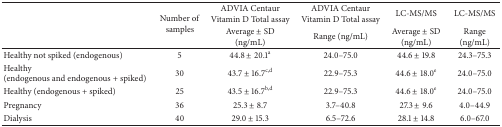
<table><thead><tr><td rowspan="2"></td><td rowspan="2"><b>Number of samples</b></td><td><b>ADVIA Centaur Vitamin D Total assay</b></td><td><b>ADVIA Centaur Vitamin D Total assay</b></td><td><b>LC-MS/MS</b></td><td><b>LC-MS/MS</b></td></tr><tr><td><b>Average ± SD (ng/mL)</b></td><td><b>Range (ng/mL)</b></td><td><b>Average ± SD (ng/mL)</b></td><td><b>Range (ng/mL)</b></td></tr></thead><tbody><tr><td>Healthy not spiked (endogenous)</td><td>5</td><td>44.8 ± 20.1<sup>a</sup></td><td>24.0–75.0</td><td>44.6 ± 19.8</td><td>24.3–75.3</td></tr><tr><td>Healthy (endogenous and endogenous + spiked)</td><td>30</td><td>43.7 ± 16.7<sup>c,d</sup></td><td>22.9–75.3</td><td>44.6 ± 18.0<sup>e</sup></td><td>24.0–75.0</td></tr><tr><td>Healthy (endogenous + spiked) </td><td>25</td><td>43.5 ± 16.7<sup>b,d</sup></td><td>22.9–75.3</td><td>44.6 ± 18.0<sup>e</sup></td><td>24.0–75.0</td></tr><tr><td>Pregnancy</td><td>36</td><td>25.3 ± 8.7</td><td>3.7–40.8</td><td>27.3 ± 9.6</td><td>4.0–44.9</td></tr><tr><td>Dialysis</td><td>40</td><td>29.0 ± 15.3</td><td>6.5–72.6</td><td>28.1 ± 14.8</td><td>6.0–67.0</td></tr></tbody></table>